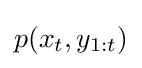
p(x_{t},y_{1:t})